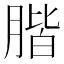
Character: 𦝨